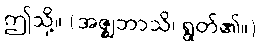
ဤသို့။ (အဇ္ဈဘာသိ၊ ရွတ်၏။)